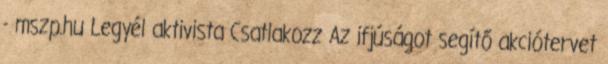
- mszp.hu Legyél aktivista Csatlakozz Az ifjúságot segítő akciótervet